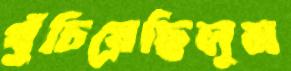
খুঁচিয়েছিলুম